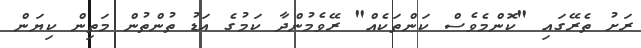
ރަށު ތެރޭގައި "ކޮންމެވެސް ކަންތަކެއް" ރޭވެމުންދާ ކަމުގެ އަޑު ތުންތުން މަތިން ކިޔަން